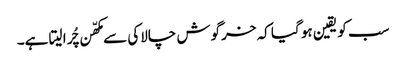
سب کو یقین ہو گیا کہ خرگوش چالاکی سے مکھّن چُرا لیتا ہے۔